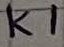
Text: K1